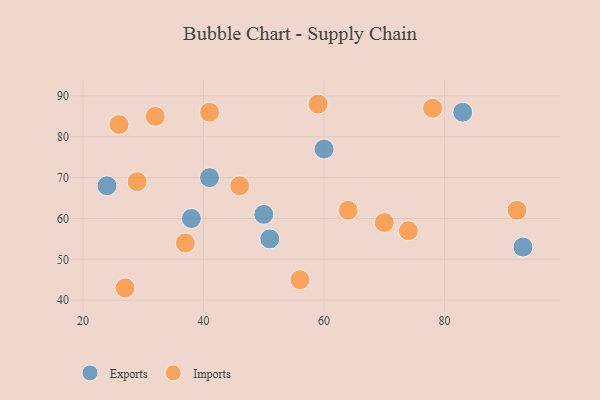
{"axis": {"x": "GDP", "y": "Life Expectancy"}, "legend": ["Exports", "Imports"], "data": [{"x": "60", "y": 77, "type": "Exports"}, {"x": "41", "y": 70, "type": "Exports"}, {"x": "50", "y": 61, "type": "Exports"}, {"x": "83", "y": 86, "type": "Exports"}, {"x": "24", "y": 68, "type": "Exports"}, {"x": "51", "y": 55, "type": "Exports"}, {"x": "93", "y": 53, "type": "Exports"}, {"x": "38", "y": 60, "type": "Exports"}, {"x": "70", "y": 59, "type": "Imports"}, {"x": "46", "y": 68, "type": "Imports"}, {"x": "56", "y": 45, "type": "Imports"}, {"x": "26", "y": 83, "type": "Imports"}, {"x": "32", "y": 85, "type": "Imports"}, {"x": "74", "y": 57, "type": "Imports"}, {"x": "78", "y": 87, "type": "Imports"}, {"x": "27", "y": 43, "type": "Imports"}, {"x": "92", "y": 62, "type": "Imports"}, {"x": "37", "y": 54, "type": "Imports"}, {"x": "41", "y": 86, "type": "Imports"}, {"x": "59", "y": 88, "type": "Imports"}, {"x": "64", "y": 62, "type": "Imports"}, {"x": "29", "y": 69, "type": "Imports"}]}